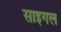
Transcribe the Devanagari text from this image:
साइगल